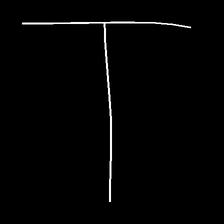
Glyph: column